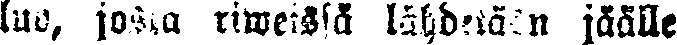
luo, josia riweissä lähdetään jäälle